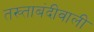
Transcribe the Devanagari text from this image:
तख्ताबंदीवाली